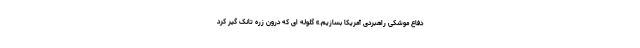
دفاع موشکی راهبردی آمریکا بسازیم.» گلوله ای که درون زره تانک گیر کرد